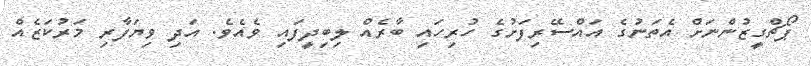
ޕޯޗްގީޒުންނަށް އެތަނުގެ އައްސޭރިފަށުގެ ހުރިހައި ބާރެއް ލިބިދީފައި ވެއެވެ. އަދި ވިޔަފާރި މަރުކަޒެއް